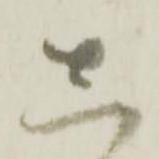
し